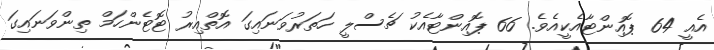
އެއީ 64 ޕޮއިންޓާއެކީއެވެ. 66 ޕޮއިންޓާއެކު ޗެސްލީ ހަތަރުވަނައިގަ އޮތްއިރު ޓޮޓެންހަމް ތިންވަނައިގަ